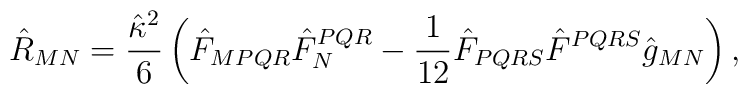
{\hat{R}_{MN}=\frac{\hat{\kappa}^2}{6}\left(\hat{F}_{MPQR}\hat{F}_N^{PQR}-\frac{1}{12}\hat{F}_{PQRS}\hat{F}^{PQRS}\hat{g}_{MN}\right),}